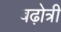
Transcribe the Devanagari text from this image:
बढ़ोत्री